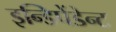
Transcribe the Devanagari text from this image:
इन्डिपेंडेन्ट